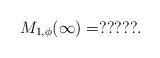
LaTeX: \begin{align*}M_{1,\phi}(\infty)=?????.\end{align*}